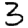
Digit: 3